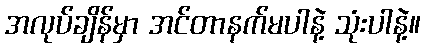
အလုပ်ချိန်မှာ အင်တာနက်မပါနဲ့ သုံးပါနဲ့။